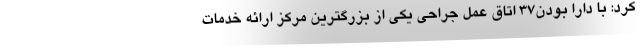
كرد: با دارا بودن37 اتاق عمل جراحي يكي از بزرگترين مركز ارائه خدمات